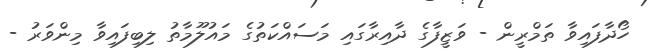
ހޯދާފައިވާ ތަމްރީން - ވަޒީފާގެ ދާއިރާގައި މަސައްކަތުގެ މައުލޫމާތު ލިބިފައިވާ މިންވަރު -